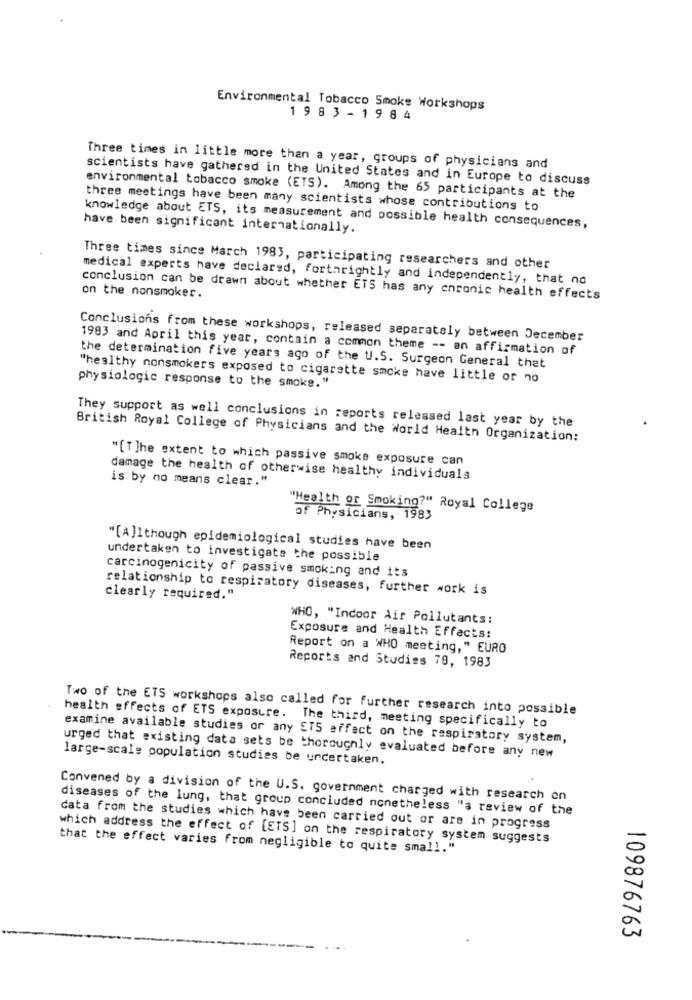
Environmental Tobacco Smoke Workshops
19 8 3 - 1 9 8 4
Three times in little more than a year, groups of physicians and
scientists have gathered in the United States and in Europe to discuss
environmental tobacco smoke (ETS). Among the 65 participants at the
three meetings have been many scientists whose contributions to
knowledge about ETS, its measurement and possible health consequences,
have been significant internationally.
Three times since March 1983, participating researchers and other
medical experts have declared, forthrightly and independently, that no
conclusion can be drawn about whether ETS has any chronic health effects
on the nonsmoker.
Conclusions from these workshops, released separately between December
1983 and April this year, contain a common theme -- an affirmation of
the determination five years ago of the U.S. Surgeon General that
"healthy nonsmokers exposed to cigarette smoke have little or no
physiologic response to the smoke."
They support as well conclusions in reports released last year by the
British Royal College of Physicians and the World Health Organization:
"[T ]he extent to which passive smoke exposure can
is by no means clear."
damage the health of otherwise healthy individuals
"Health or Smoking?" Royal College
of Physicians, 1983
"[A]]though epidemiological studies have been
undertaken to investigate the possible
carcinogenicity of passive smoking and its
relationship to respiratory diseases, further work is
clearly required."
WHO, "Indoor Air Pollutants:
Exposure and Health Effects:
Report on a WHO meeting," EURO
Reports and Studies 79, 1983
Two of the ETS workshops also called for further research into possible
health effects of ETS exposure. The third, meeting specifically to
examine available studies or any ETS effect on the respiratory system,
urged that existing data sets be thoroughly evaluated before any new
large-scale population studies be undertaken.
Convened by a division of the U.S. government charged with research on
diseases of the lung, that group concluded nonetheless "a review of the
data from the studies which have been carried out or are in progress
which address the effect of [ETS] on the respiratory system suggests
that the effect varies from negligible to quite small."
109876763